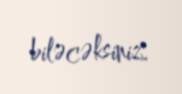
biləcəksiniz.